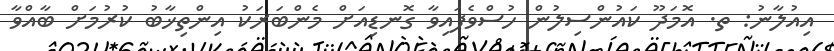
އިއުލާނު: ތ. އޮމަދޫ ކައުންސިލުން ހުސްވެފައިވާ ގޮނޑިއަށް މެންބަރަކު އިންތިޚާބު ކުރުމަށް ބާއްވާ